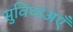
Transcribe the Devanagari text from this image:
सुविधाअएँ